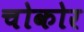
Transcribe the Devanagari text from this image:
चोकोर